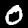
Digit: 0